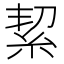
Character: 絜